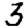
Digit: 3